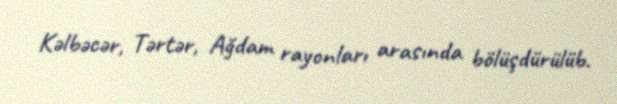
Kəlbəcər, Tərtər, Ağdam rayonları arasında bölüşdürülüb.